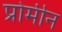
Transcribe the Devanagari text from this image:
प्रोमीन